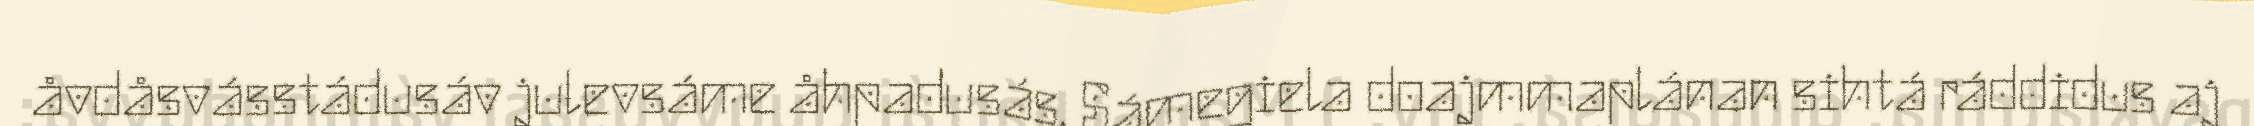
åvdåsvásstádusáv julevsáme åhpadusás. Sámegiela doajmmaplánan sihtá ráddidus aj